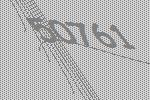
50761